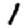
Digit: 1